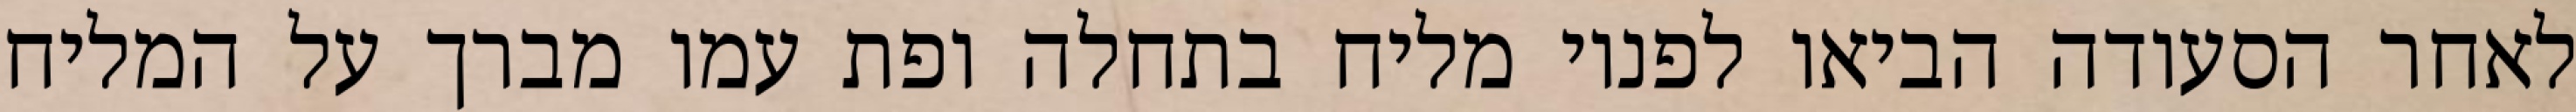
לאחר הסעודה הביאו לפניו מליח בתחלה ופת עמו מברך על המליח